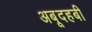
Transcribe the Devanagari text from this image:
अबूदहबी